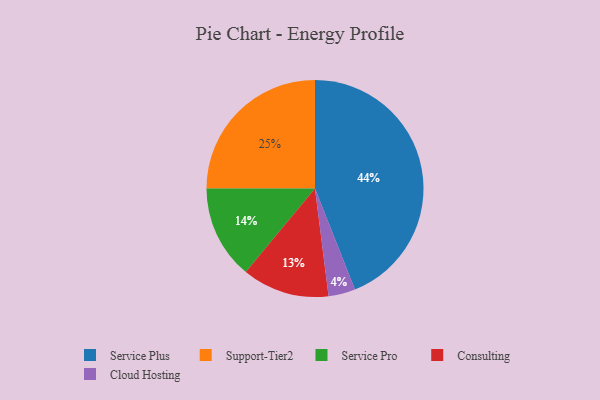
{"axis": {"x": "Category", "y": "Percentage"}, "legend": ["Cloud Hosting", "Consulting", "Service Plus", "Service Pro", "Support-Tier2"], "data": [{"x": "Service Pro", "y": 14, "type": "Service Pro"}, {"x": "Cloud Hosting", "y": 4, "type": "Cloud Hosting"}, {"x": "Service Plus", "y": 44, "type": "Service Plus"}, {"x": "Consulting", "y": 13, "type": "Consulting"}, {"x": "Support-Tier2", "y": 25, "type": "Support-Tier2"}]}